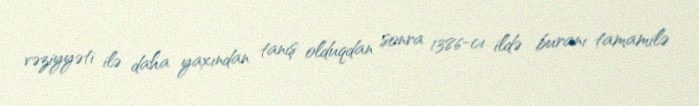
vəziyyəti ilə daha yaxından tanış olduqdan sonra 1386-cı ildə buranı tamamilə